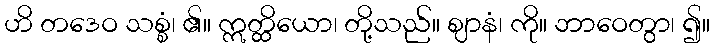
ဟိ တဒေဝ သစ္စံ၊ ၏။ ဣတ္ထိယော၊ တို့သည်။ ဈာနံ၊ ကို။ ဘာဝေတွာ၊ ၍။